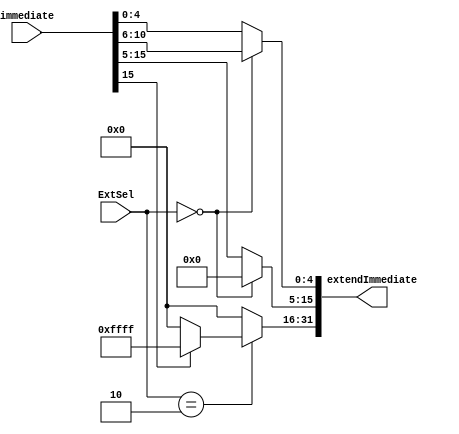
module SignZeroExtend(
	input [1:0]ExtSel,	//ƲλΪ1Xзչ01immediateȫ000saȫ0
	input [15:0] immediate,	//16λ
	output [31:0] extendImmediate	//32λ
);
	assign extendImmediate[4:0] = (ExtSel == 2'b00) ? immediate[10:6] : immediate[4:0];
	assign extendImmediate[15:5] = (ExtSel == 2'b00) ? 3'b00000000000 : immediate[15:5];
	assign extendImmediate[31:16] = (ExtSel == 2'b10) ? (immediate[15] ? 16'hffff : 16'h0000) : 16'h0000;
endmodule